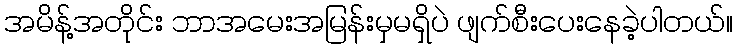
အမိန့်အတိုင်း ဘာအမေးအမြန်းမှမရှိပဲ ဖျက်စီးပေးနေခဲ့ပါတယ်။